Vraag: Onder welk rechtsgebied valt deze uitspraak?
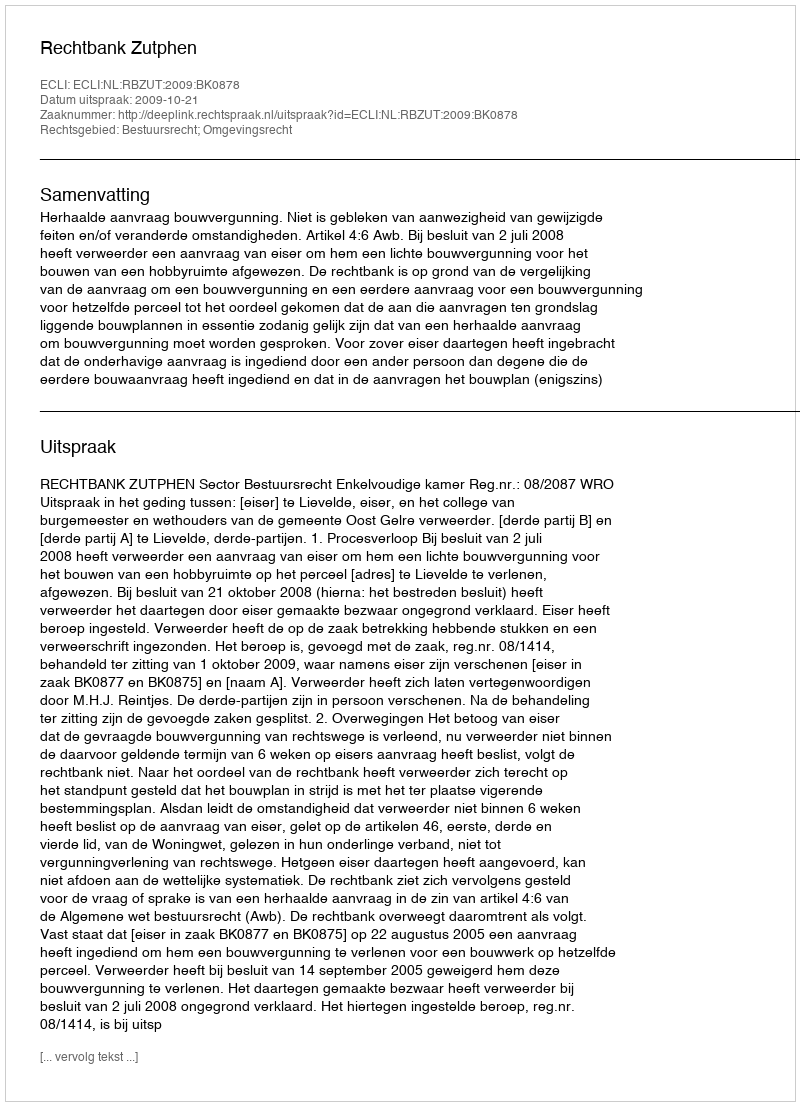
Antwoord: Bestuursrecht; Omgevingsrecht